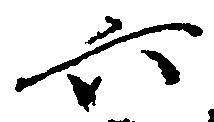
六